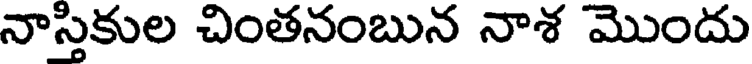
నాస్తికుల చింతనంబున నాశ మొందు